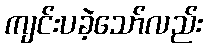
ကျင်းပခဲ့သော်လည်း